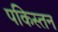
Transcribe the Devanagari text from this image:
पकिस्तन